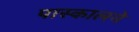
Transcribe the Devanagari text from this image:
पास्कालने